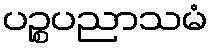
ပဉ္စပညာသမံ